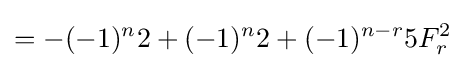
=-(-1)^{n}2+(-1)^{n}2+(-1)^{n-r}5F_{r}^{2}